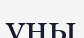
үны